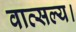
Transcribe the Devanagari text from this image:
वात्सल्य।